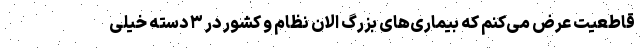
قاطعیت عرض می‌کنم که بیماری‌های بزرگ الان نظام و کشور در ۳ دسته خیلی